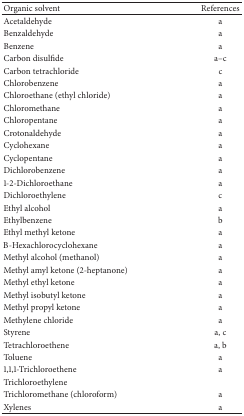
| Organic solvent | References |
 | --- | --- |
 | Acetaldehyde | a |
 | Benzaldehyde | a |
 | Benzene | a |
 | Carbon disulfide | a–c |
 | Carbon tetrachloride | c |
 | Chlorobenzene | a |
 | Chloroethane (ethyl chloride) | a |
 | Chloromethane | a |
 | Chloropentane | a |
 | Crotonaldehyde | a |
 | Cyclohexane | a |
 | Cyclopentane | a |
 | Dichlorobenzene | a |
 | 1-2-Dichloroethane | a |
 | Dichloroethylene | c |
 | Ethyl alcohol | a |
 | Ethylbenzene | b |
 | Ethyl methyl ketone | a |
 | Β-Hexachlorocyclohexane | a |
 | Methyl alcohol (methanol) | a |
 | Methyl amyl ketone (2-heptanone) | a |
 | Methyl ethyl ketone | a |
 | Methyl isobutyl ketone | a |
 | Methyl propyl ketone | a |
 | Methylene chloride | a |
 | Styrene | a, c |
 | Tetrachloroethene | a, b |
 | Toluene | a |
 | 1,1,1-Trichloroethene | a |
 | Trichloroethylene |  |
 | Trichloromethane (chloroform) | a |
 | Xylenes | a |